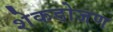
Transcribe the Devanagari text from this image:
शेकडोजण